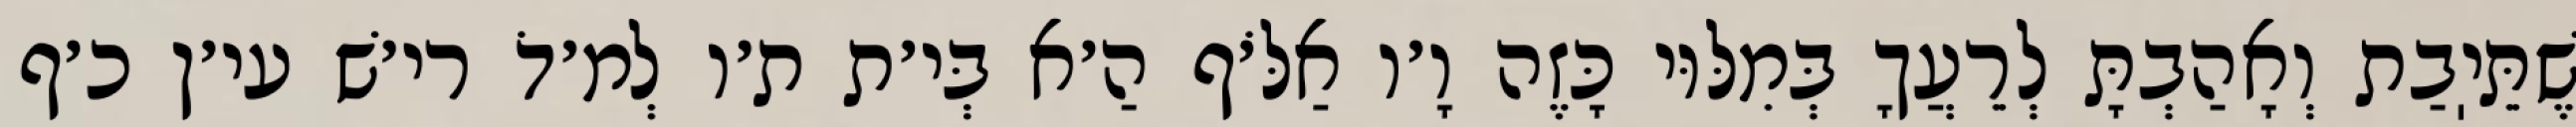
שֶׁתֵּיֽבַת וְאָהַבְתָּ לְרֵעֲךָ בְּמִלּוּי כָּזֶה וָ׳ו אַלֹּ׳ף הַ׳א בְּי׳ת ת׳ו לְמ׳דֹ רי׳שׁ עי׳ן כ׳ף